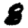
Digit: 8